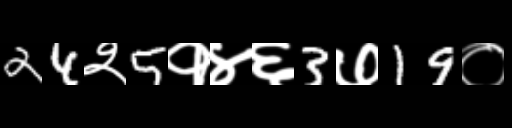
Text: 24२5१४६3७19०